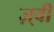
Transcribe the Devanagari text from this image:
ज़्वी